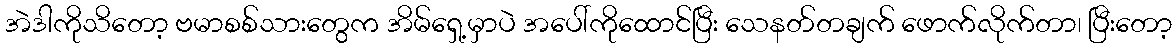
အဲဒါကိုသိတော့ ဗမာစစ်သားတွေက အိမ်ရှေ့မှာပဲ အပေါ်ကိုထောင်ပြီး သေနတ်တချက် ဖောက်လိုက်တာ၊ ပြီးတော့